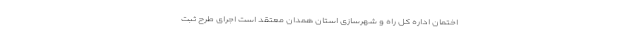
اختمان اداره کل راه و شهرسازی استان همدان معتقد است اجرای طرح ثبت